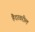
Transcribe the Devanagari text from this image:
हैदरवरील